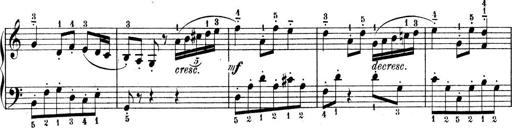
Title: 9 Sonatinen
Composer: Alexander Winterberger